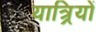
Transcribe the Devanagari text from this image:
यात्र्रियों